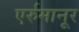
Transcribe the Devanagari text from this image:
एर्रुमानूर